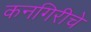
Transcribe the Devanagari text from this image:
कनगिरीचे